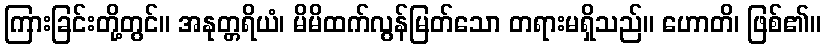
ကြားခြင်းတို့တွင်။ အနုတ္တရိယံ၊ မိမိထက်လွန်မြတ်သော တရားမရှိသည်။ ဟောတိ၊ ဖြစ်၏။